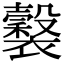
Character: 𧞒